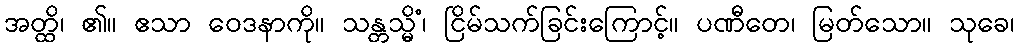
အတ္ထိ၊ ၏။ ဧသာ ဝေဒနာကို။ သန္တသ္မိံ၊ ငြိမ်သက်ခြင်းကြောင့်။ ပဏီတေ၊ မြတ်သော။ သုခေ၊